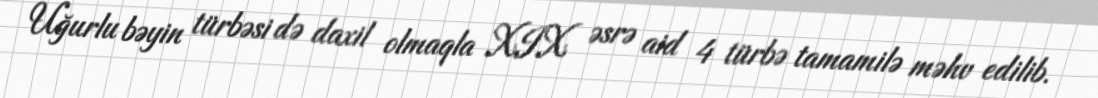
Uğurlu bəyin türbəsi də daxil olmaqla XIX əsrə aid 4 türbə tamamilə məhv edilib.